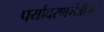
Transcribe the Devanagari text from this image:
पर्यावरणमंत्रीहोते